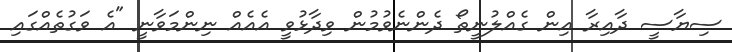
ސިޔާސީ ދާއިރާ އިން ގެއްލުނީތޯ ދެންނެވުމުން ވިދާޅުވީ އެއެއް ނިންމަވާނީ "އެ ވަގުތެއްގައި